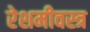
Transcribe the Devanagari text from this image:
रेशमीवस्त्र